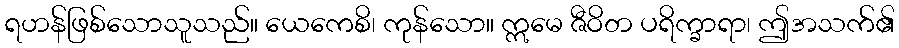
ရဟန်ဖြစ်သောသူသည်။ ယေကေစိ၊ ကုန်သော။ ဣမေ ဇီဝိတ ပရိက္ခာရာ၊ ဤအသက်၏